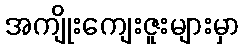
အကျိုးကျေးဇူးများမှာ